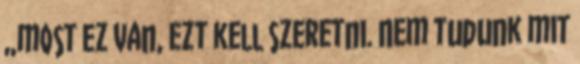
„most ez van, ezt kell szeretni. Nem tudunk mit